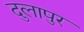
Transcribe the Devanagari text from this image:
दुलापुर